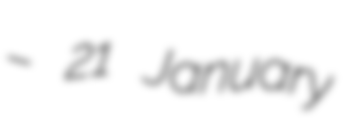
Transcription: – 21 January